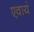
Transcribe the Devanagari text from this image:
एवायं